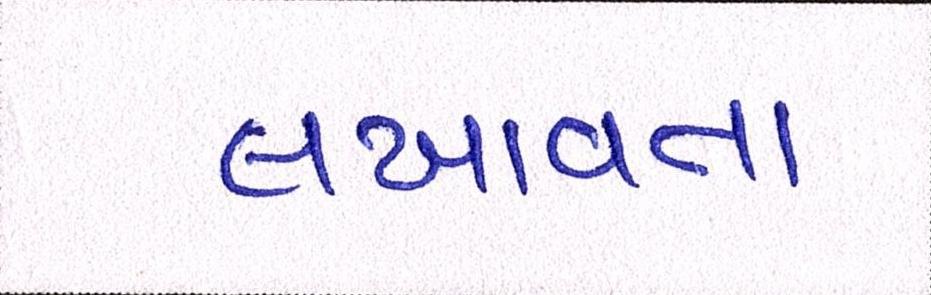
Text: લખાવતા